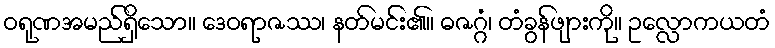
ဝရုဏအမည်ရှိသော။ ဒေဝရာဇဿ၊ နတ်မင်း၏။ ဓဇဂ္ဂံ၊ တံခွန်ဖျားကို။ ဥလ္လောကယတံ